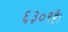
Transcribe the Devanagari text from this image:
६३०९है।